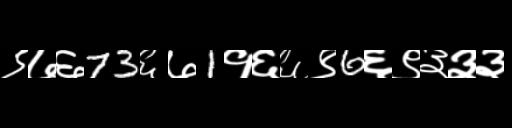
Text: ९७६73६७1१६६९6६९३३३